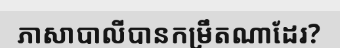
ភាសាបាលីបានកម្រឹតណាដែរ?